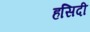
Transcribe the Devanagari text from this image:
हसिदी